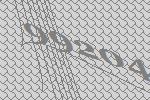
99204